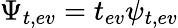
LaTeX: \Psi_{t,ev}=t_{ev}\psi_{t,ev}